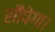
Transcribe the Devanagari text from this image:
सौंपेगा।